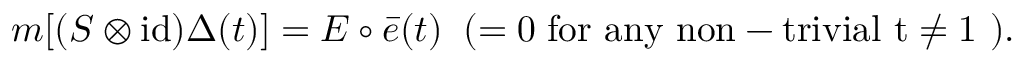
m [ ( S \otimes \mathrm { i d } ) \Delta ( t ) ] = E \circ \bar { e } ( t ) \; \; ( = 0 \; \mathrm { f o r ~ a n y ~ n o n - t r i v i a l ~ t \not = 1 ~ } ) .